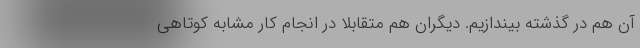
آن هم در گذشته بيندازيم. ديگران هم متقابلا در انجام كار مشابه كوتاهي